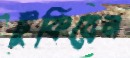
টুকিবেন